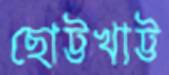
ছোট্টখাট্ট